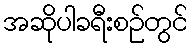
အဆိုပါခရီးစဉ်တွင်